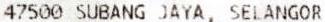
47500 SUBANG JAYA, SELANGOR